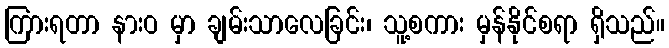
ကြားရတာ နားဝ မှာ ချမ်းသာလေခြင်း၊ သူ့စကား မှန်နိုင်စရာ ရှိသည်။